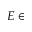
E \in